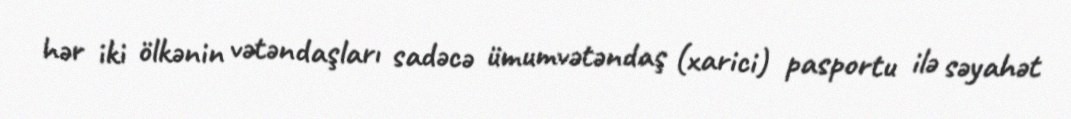
hər iki ölkənin vətəndaşları sadəcə ümumvətəndaş (xarici) pasportu ilə səyahət